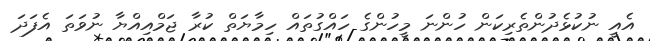
އެއީ ނުކުޅެދުންތެރިކަން ހުންނަ މީހުންގެ ހައްގުތައް ހިމާޔަތް ކުރާ ޖަމްއިއްޔާ ނުވަތަ އެފަދަ